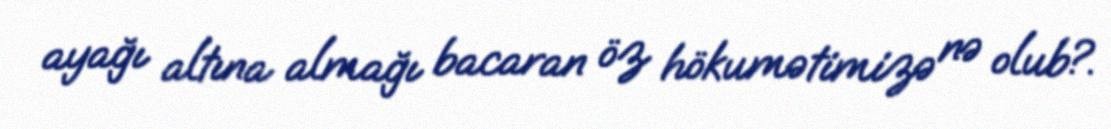
ayağı altına almağı bacaran öz hökumətimizə nə olub?.